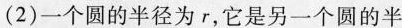
(2)一个圆的半径为r，它是另一个圆的半